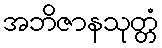
အဘိဇာနသုတ္တံ